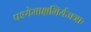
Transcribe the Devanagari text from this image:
पश्येमाक्षभिर्यजत्राः